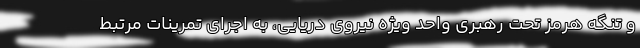
و تنگه هرمز تحت رهبری واحد ویژه نیروی دریایی، به اجرای تمرینات مرتبط